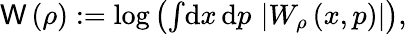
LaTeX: \begin{array}{r}{\mathsf{W}\left(\rho\right):=\log\left(\int\! \mathrm{d}x\, \mathrm{d}p\, \left|W_{\rho}\left(x,p\right)\right|\right),}\end{array}